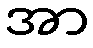
အာ